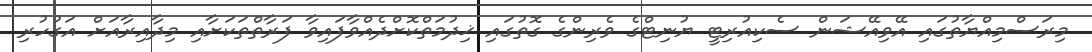
މިރަސްމިއްޔާތުގައި އޭވިއޭޝަން ސެކިއުރިޓީ ޔުނިޓްގެ ވެރިންގެ ގޮތުގައި ޚިދުމަތްކޮށްދެއްވާފައިވާ ފަރާތްތަކަށާއި މިދާއިރާއަށް އަގުހުރި